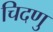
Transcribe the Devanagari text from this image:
चिदणु